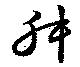
升